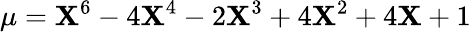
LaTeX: \mu=\mathbf{X}^{6}-4\mathbf{X}^{4}-2\mathbf{X}^{3}+4\mathbf{X}^{2}+4\mathbf{X}+1